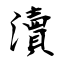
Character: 瀆